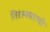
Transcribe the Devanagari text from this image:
तिरस्काराची